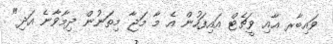
ވައިބާރ އާއި ވީޗެޓް އައިފަހުން އެ މާ މަޖާ މިތަނުން ދިމާވާނެ އަދި"